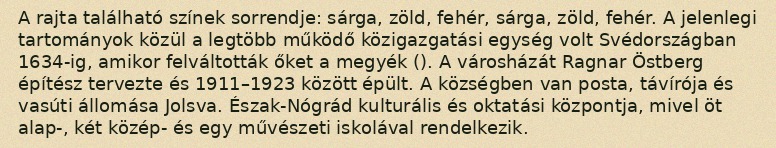
A rajta található színek sorrendje: sárga, zöld, fehér, sárga, zöld, fehér. A jelenlegi tartományok közül a legtöbb működő közigazgatási egység volt Svédországban 1634-ig, amikor felváltották őket a megyék (). A városházát Ragnar Östberg építész tervezte és 1911–1923 között épült. A községben van posta, távírója és vasúti állomása Jolsva. Észak-Nógrád kulturális és oktatási központja, mivel öt alap-, két közép- és egy művészeti iskolával rendelkezik.